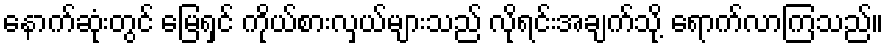
နောက်ဆုံးတွင် မြေရှင် ကိုယ်စားလှယ်များသည် လိုရင်းအချက်သို့ ရောက်လာကြသည်။